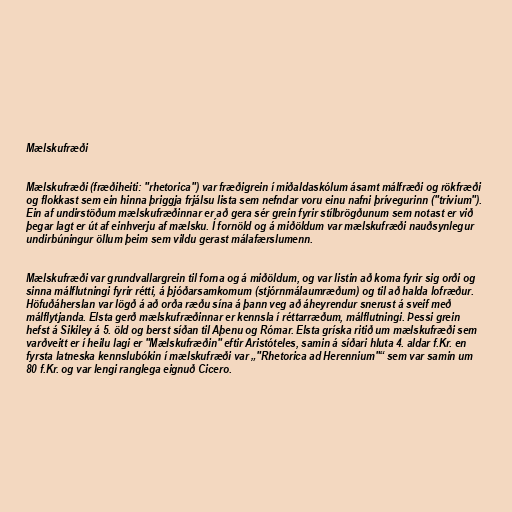
Mælskufræði

Mælskufræði (fræðiheiti: "rhetorica") var fræðigrein í miðaldaskólum ásamt málfræði og rökfræði
og flokkast sem ein hinna þriggja frjálsu lista sem nefndar voru einu nafni þrívegurinn ("trivium").
Ein af undirstöðum mælskufræðinnar er að gera sér grein fyrir stílbrögðunum sem notast er við
þegar lagt er út af einhverju af mælsku. Í fornöld og á miðöldum var mælskufræði nauðsynlegur
undirbúningur öllum þeim sem vildu gerast málafærslumenn.

Mælskufræði var grundvallargrein til forna og á miðöldum, og var listin að koma fyrir sig orði og
sinna málflutningi fyrir rétti, á þjóðarsamkomum (stjórnmálaumræðum) og til að halda lofræður.
Höfuðáherslan var lögð á að orða ræðu sína á þann veg að áheyrendur snerust á sveif með
málflytjanda. Elsta gerð mælskufræðinnar er kennsla í réttarræðum, málflutningi. Þessi grein
hefst á Sikiley á 5. öld og berst síðan til Aþenu og Rómar. Elsta gríska ritið um mælskufræði sem
varðveitt er í heilu lagi er "Mælskufræðin" eftir Aristóteles, samin á síðari hluta 4. aldar f.Kr. en
fyrsta latneska kennslubókin í mælskufræði var „"Rhetorica ad Herennium"“ sem var samin um
80 f.Kr. og var lengi ranglega eignuð Cicero.